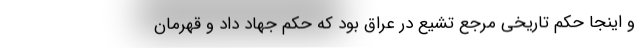
و اینجا حکم تاریخی مرجع تشیع در عراق بود که حکم جهاد داد و قهرمان